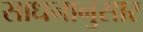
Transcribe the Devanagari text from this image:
साधनानुसार